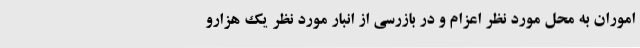
اموران به محل مورد نظر اعزام و در بازرسی از انبار مورد نظر یک هزارو